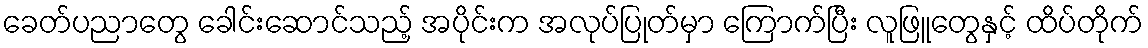
ခေတ်ပညာတွေ ခေါင်းဆောင်သည့် အပိုင်းက အလုပ်ပြုတ်မှာ ကြောက်ပြီး လူဖြူတွေနှင့် ထိပ်တိုက်